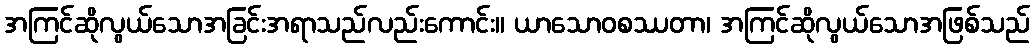
အကြင်ဆိုလွယ်သောအခြင်းအရာသည်လည်းကောင်း။ ယာသောဝစဿတာ၊ အကြင်ဆိုလွယ်သောအဖြစ်သည်